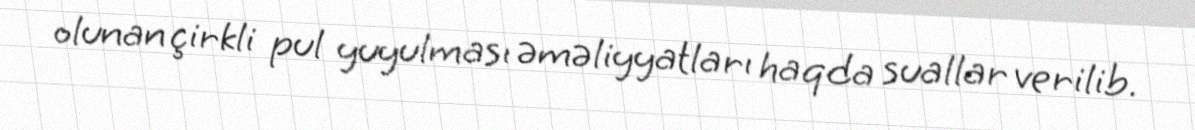
olunan çirkli pul yuyulması əməliyyatları haqda suallar verilib.